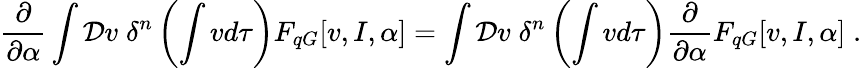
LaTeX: \frac{\partial}{\partial\alpha}\int{\cal D}v\; \delta^{n}\left(\int vd\tau\right)F_{qG}[v,I,\alpha]=\int{\cal D}v\; \delta^{n}\left(\int vd\tau\right)\frac{\partial}{\partial\alpha}F_{qG}[v,I,\alpha]\; .